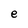
Character: e